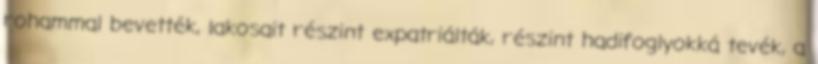
rohammal bevették, lakosait részint expatriálták, részint hadifoglyokká tevék, a